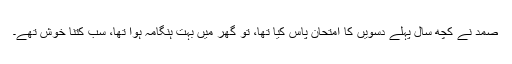
صمد نے کچھ سال پہلے دسویں کا امتحان پاس کیا تھا، تو گھر میں بہت ہنگامہ ہوا تھا، سب کتنا خوش تھے۔